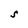
Character: S